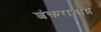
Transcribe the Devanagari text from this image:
शंकराचाय्र